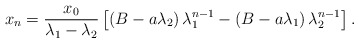
\begin{align*}x_n=\frac{x_0}{\lambda_1-\lambda_2}\left[\left(B-a\lambda_2\right)\lambda_1^{n-1}-\left(B-a\lambda_1\right)\lambda_2^{n-1}\right].\end{align*}